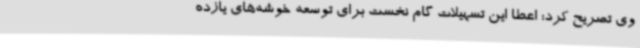
وی تصریح کرد: اعطا این تسهیلات گام نخست برای توسعه خوشه‌های یازده